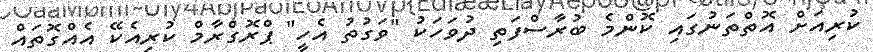
ކުރިއަށް އޮތްތަނުގައި ކޮންމެ ބުރާސްފަތި ދުވަހަކު "ވަގުތު އެހީ" ޕްރޮގްރާމް ކުރިއެކޭ އެއްގޮތައް